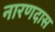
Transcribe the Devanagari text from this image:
नारणदास